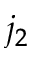
j _ { 2 }